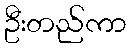
ဦးတည်ကာ